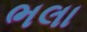
ભલા